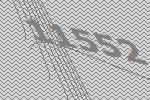
11552